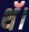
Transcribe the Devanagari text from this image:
थॅ।